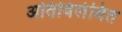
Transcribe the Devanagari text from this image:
अतिविलंबित